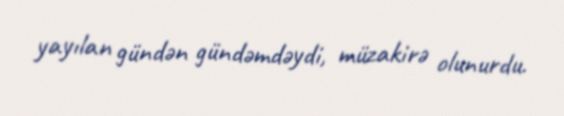
yayılan gündən gündəmdəydi, müzakirə olunurdu.